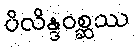
ပိလိန္ဒဝစ္ဆဿ